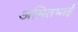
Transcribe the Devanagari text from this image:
अमितभाई